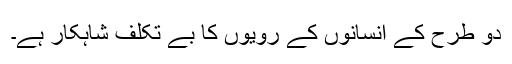
دو طرح کے انسانوں کے رویوں کا بے تکلف شاہکار ہے۔